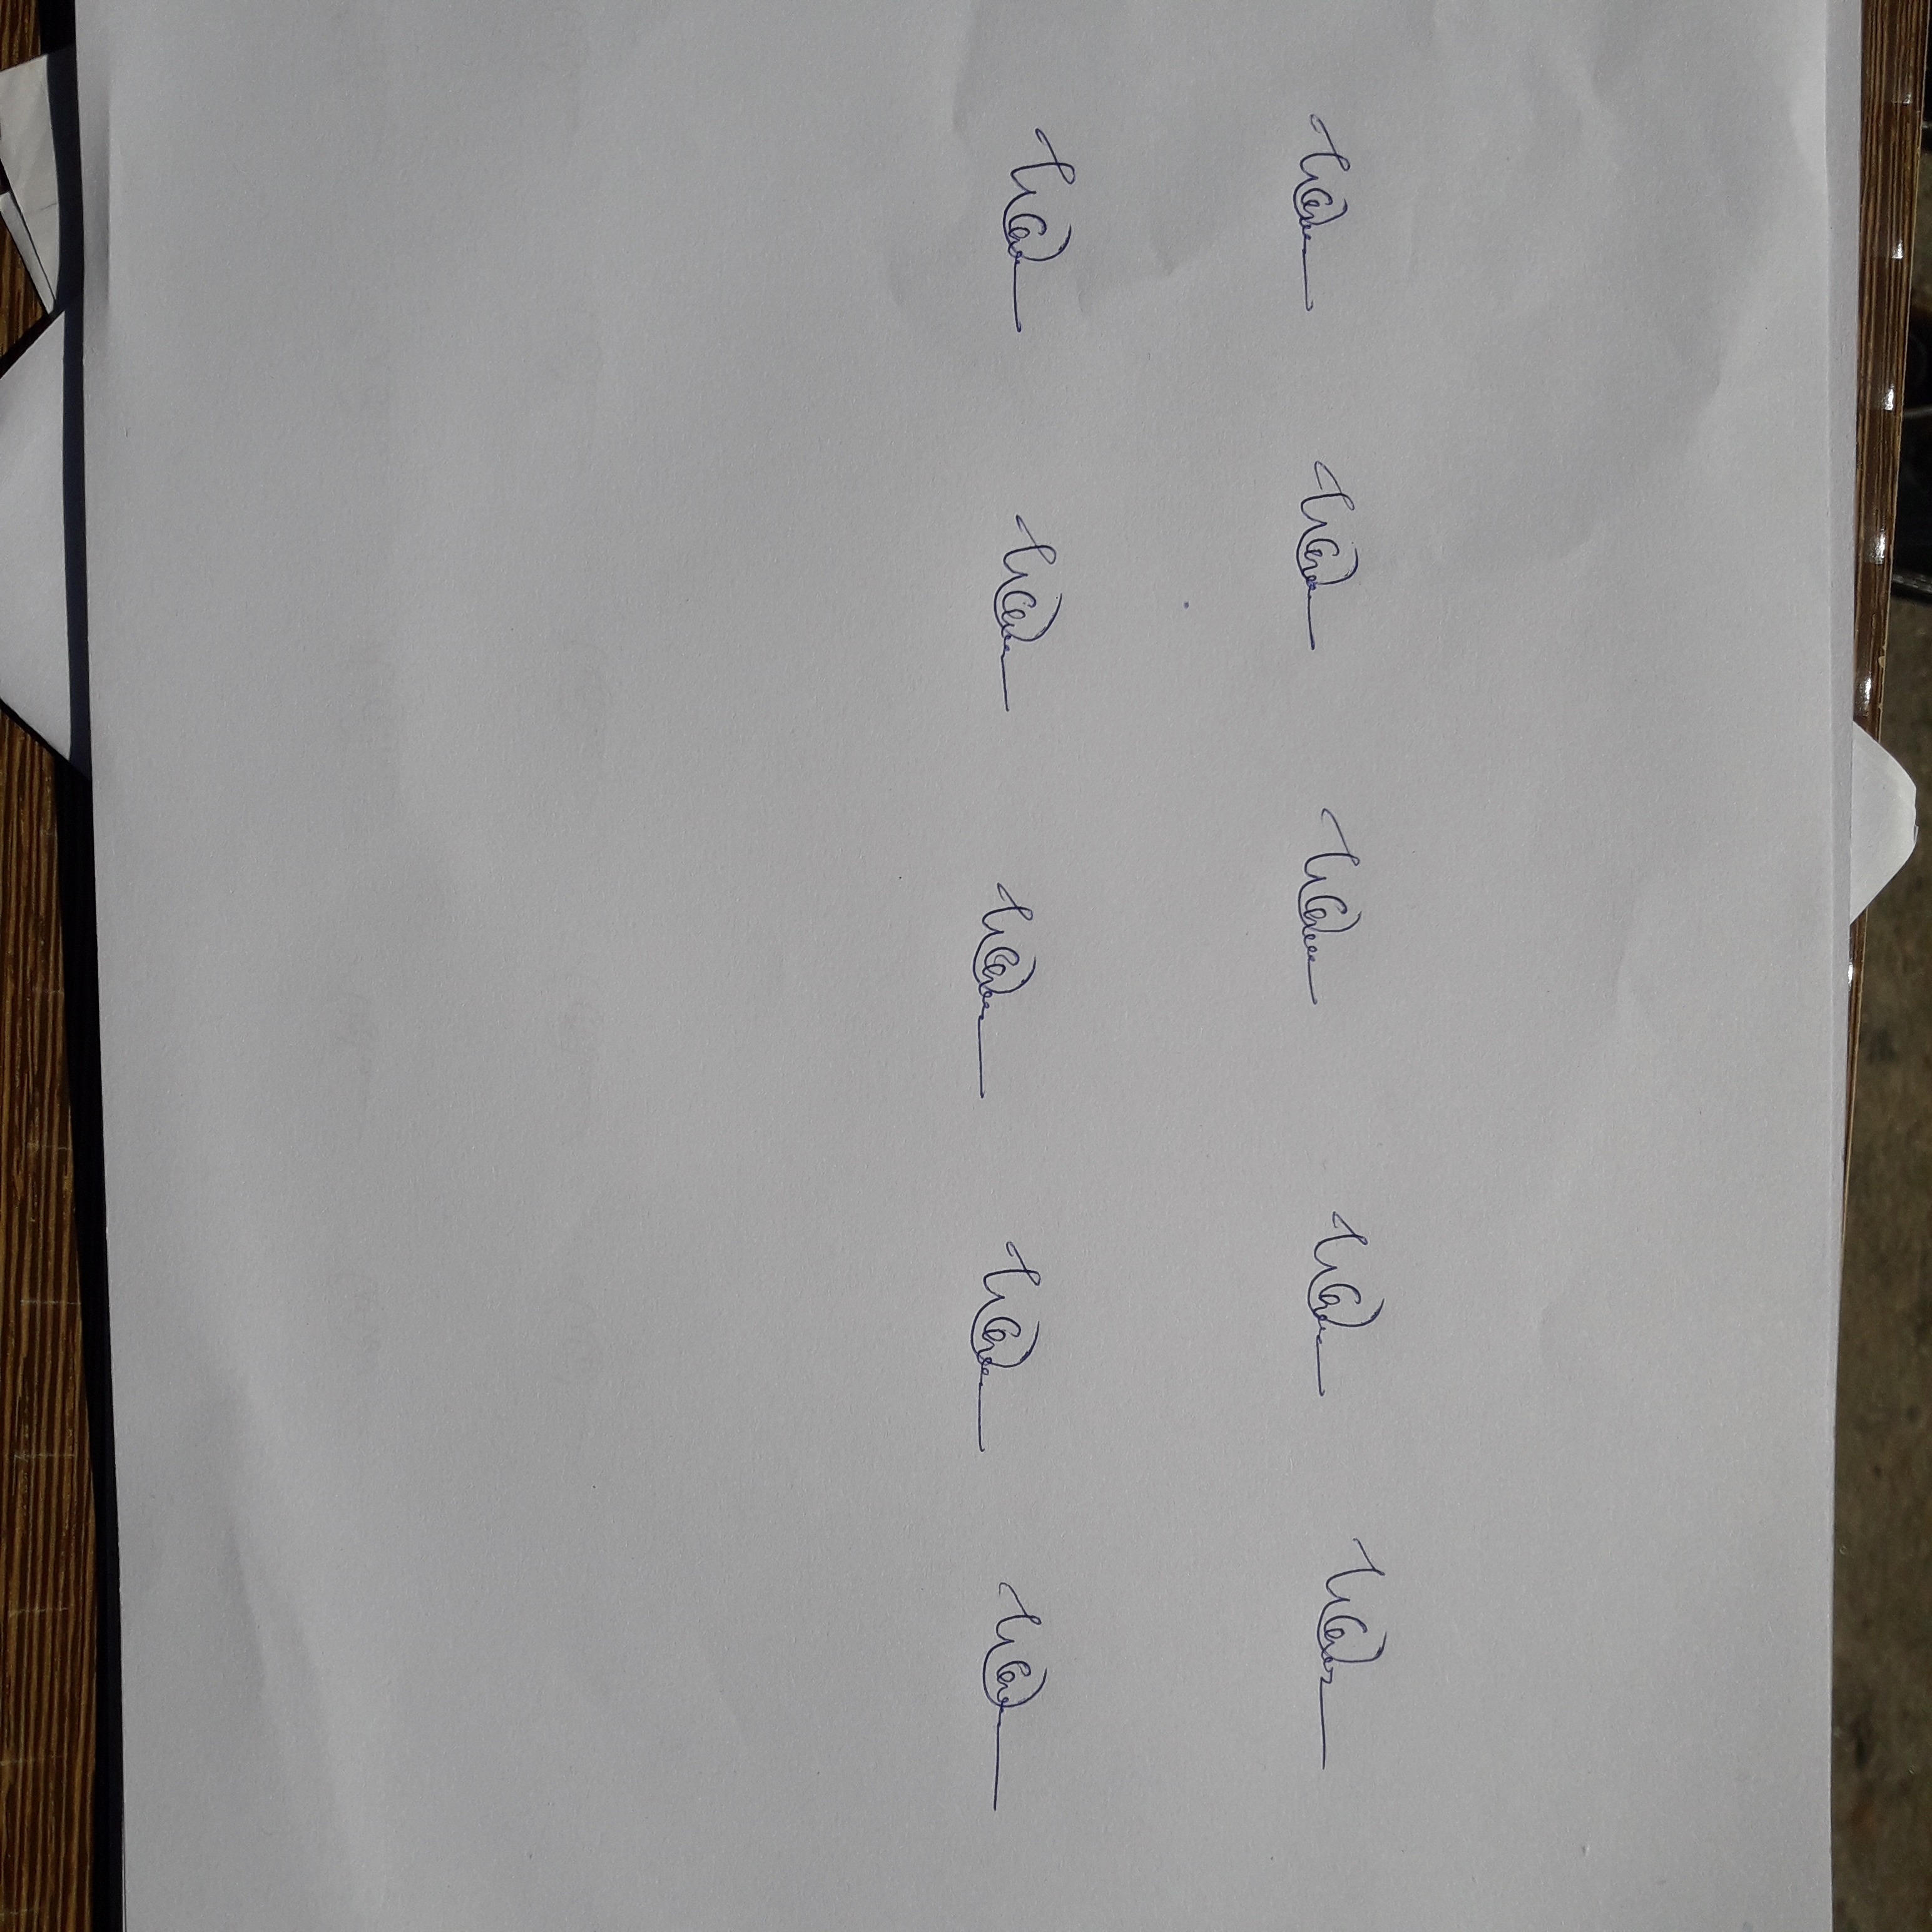
Signature authenticity: genuine